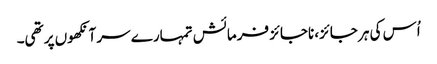
اُس کی ہر جائز، ناجائز فرمائش تمہارے سر آنکھوں پر تھی۔